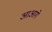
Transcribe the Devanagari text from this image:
आआगे